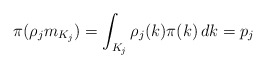
\begin{align*}\pi(\rho_j m_{K_j})=\int_{K_j}\rho_j(k)\pi(k)\,dk=p_j\end{align*}